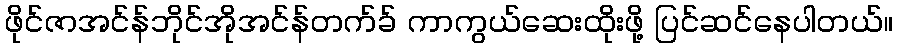
ဖိုင်ဇာအင်န်ဘိုင်အိုအင်န်တက်ခ် ကာကွယ်ဆေးထိုးဖို့ ပြင်ဆင်နေပါတယ်။